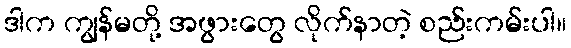
ဒါက ကျွန်မတို့ အဖွားတွေ လိုက်နာတဲ့ စည်းကမ်းပါ။